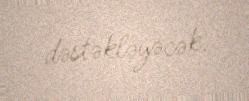
dəstəkləyəcək.